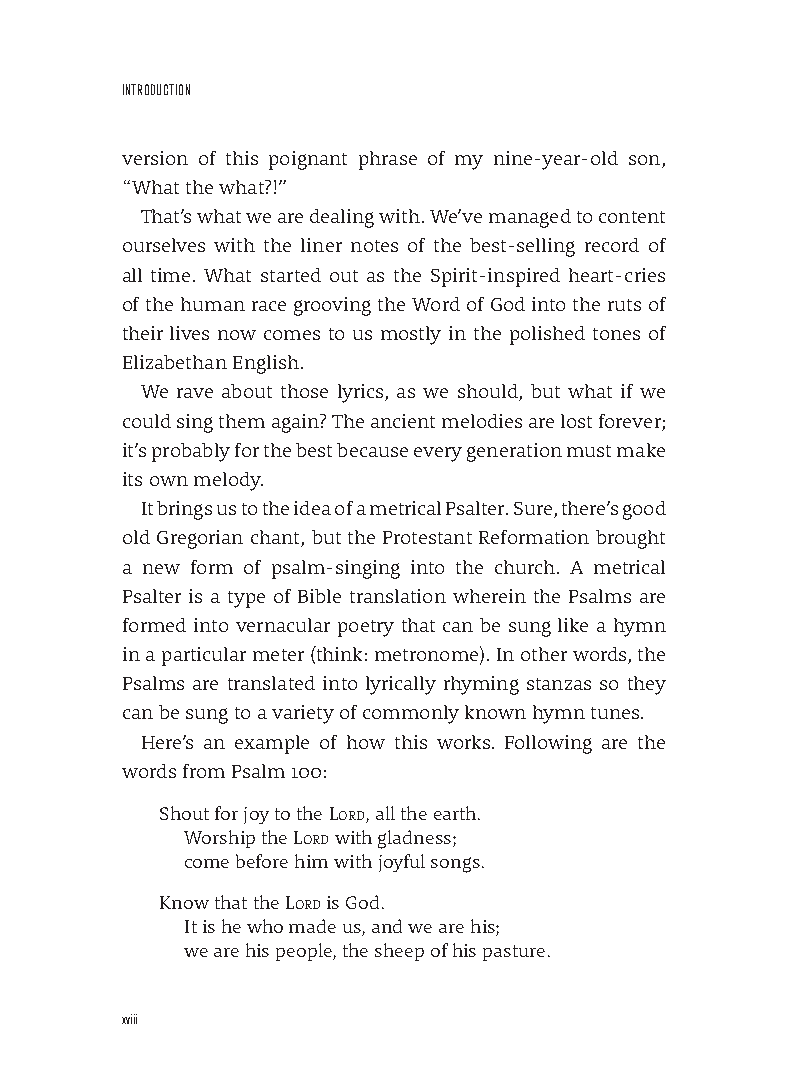
InTroDuCTIon
 version of this poignant phrase of my nine-year-old son,
 “What the what?!”
 That’s what we are dealing with. We’ve managed to content
 ourselves with the liner notes of the best-selling record of
 all time. What started out as the Spirit-inspired heart-cries
 of the human race grooving the Word of God into the ruts of
 their lives now comes to us mostly in the polished tones of
 Elizabethan English.
 We rave about those lyrics, as we should, but what if we
 could sing them again? The ancient melodies are lost forever;
 it’s probably for the best because every generation must make
 its own melody.
 It brings us to the idea of a metrical Psalter. Sure, there’s good
 old Gregorian chant, but the Protestant Reformation brought
 a new form of psalm-singing into the church. A metrical
 Psalter is a type of Bible translation wherein the Psalms are
 formed into vernacular poetry that can be sung like a hymn
 in a particular meter (think: metronome). In other words, the
 Psalms are translated into lyrically rhyming stanzas so they
 can be sung to a variety of commonly known hymn tunes.
 Here’s an example of how this works. Following are the
 words from Psalm 100:
 Shout for joy to the Lord, all the earth.
 Worship the Lord with gladness;
 come before him with joyful songs.
 Know that the Lord is God.
 It is he who made us, and we are his;
 we are his people, the sheep of his pasture.
 xviii